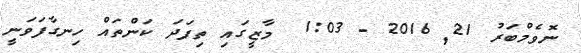
ނޮވެމްބަރު 21